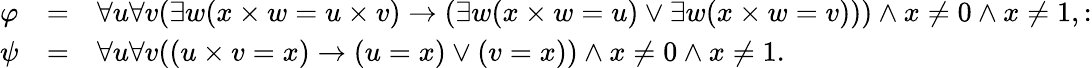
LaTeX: {\begin{array}{lcl}{\varphi}&{=}&{\forall u\forall v(\exists w(x\times w=u\times v)\rightarrow(\exists w(x\times w=u)\lor\exists w(x\times w=v)))\land x\neq 0\land x\neq 1,:}\\ {\psi}&{=}&{\forall u\forall v((u\times v=x)\rightarrow(u=x)\lor(v=x))\land x\neq 0\land x\neq 1.}\end{array}}